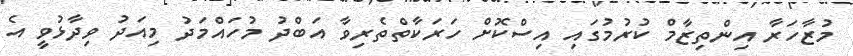
މުޒާހަރާ އިންތިޒާމް ކުރުމުގައި އިސްކޮށް ހަރަކާތްތެރިވާ އަބްދު މުހައްމަދު މިއަދު ވިދާޅުވީ އެ